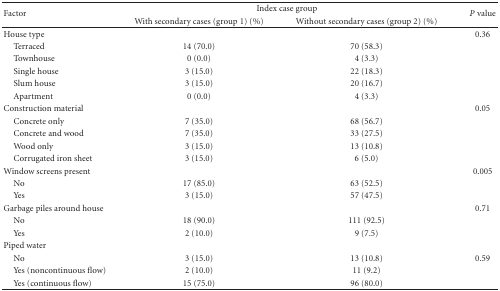
<table><thead><tr><td rowspan="2"><b>Factor</b></td><td colspan="2"><b>Index case group</b></td><td rowspan="2"><b><i>P</i> value</b></td></tr><tr><td><b>With secondary cases (group 1) (%)</b></td><td><b>Without secondary cases (group 2) (%)</b></td></tr></thead><tbody><tr><td>House type</td><td></td><td></td><td>0.36</td></tr><tr><td> Terraced</td><td>14 (70.0)</td><td>70 (58.3)</td><td></td></tr><tr><td> Townhouse</td><td>0 (0.0)</td><td>4 (3.3)</td><td></td></tr><tr><td> Single house</td><td>3 (15.0)</td><td>22 (18.3)</td><td></td></tr><tr><td> Slum house</td><td>3 (15.0)</td><td>20 (16.7)</td><td></td></tr><tr><td> Apartment</td><td>0 (0.0)</td><td>4 (3.3)</td><td></td></tr><tr><td>Construction material</td><td></td><td></td><td>0.05</td></tr><tr><td> Concrete only</td><td>7 (35.0)</td><td>68 (56.7)</td><td></td></tr><tr><td> Concrete and wood</td><td>7 (35.0)</td><td>33 (27.5)</td><td></td></tr><tr><td> Wood only</td><td>3 (15.0)</td><td>13 (10.8)</td><td></td></tr><tr><td> Corrugated iron sheet</td><td>3 (15.0)</td><td>6 (5.0)</td><td></td></tr><tr><td>Window screens present</td><td></td><td></td><td>0.005</td></tr><tr><td> No</td><td>17 (85.0)</td><td>63 (52.5)</td><td></td></tr><tr><td> Yes</td><td>3 (15.0)</td><td>57 (47.5)</td><td></td></tr><tr><td>Garbage piles around house</td><td></td><td></td><td>0.71</td></tr><tr><td> No</td><td>18 (90.0)</td><td>111 (92.5)</td><td></td></tr><tr><td> Yes</td><td>2 (10.0)</td><td>9 (7.5)</td><td></td></tr><tr><td>Piped water</td><td></td><td></td><td></td></tr><tr><td> No</td><td>3 (15.0)</td><td>13 (10.8)</td><td>0.59</td></tr><tr><td> Yes (noncontinuous flow)</td><td>2 (10.0)</td><td>11 (9.2)</td><td></td></tr><tr><td> Yes (continuous flow)</td><td>15 (75.0)</td><td>96 (80.0)</td><td></td></tr></tbody></table>